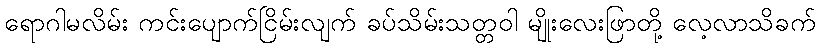
ရောဂါမလိမ်း ကင်းပျောက်ငြိမ်းလျက် ခပ်သိမ်းသတ္တဝါ မျိုးလေးဖြာတို့ လေ့လာသိခက်